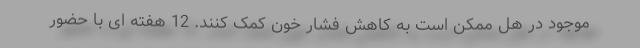
موجود در هل ممکن است به کاهش فشار خون کمک کنند. 12 هفته ای با حضور